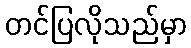
တင်ပြလိုသည်မှာ